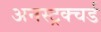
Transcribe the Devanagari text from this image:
अनस्ट्रक्चर्ड